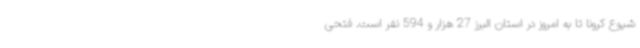
شیوع کرونا تا به امروز در استان البرز 27 هزار و 594 نفر است. فتحی